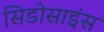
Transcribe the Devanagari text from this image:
सिडोसाइंस